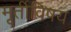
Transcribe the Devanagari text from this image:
मूर्तीविषय